Report on vaccination in Madras 1877-1894 - 1877-1894
Year: 1877
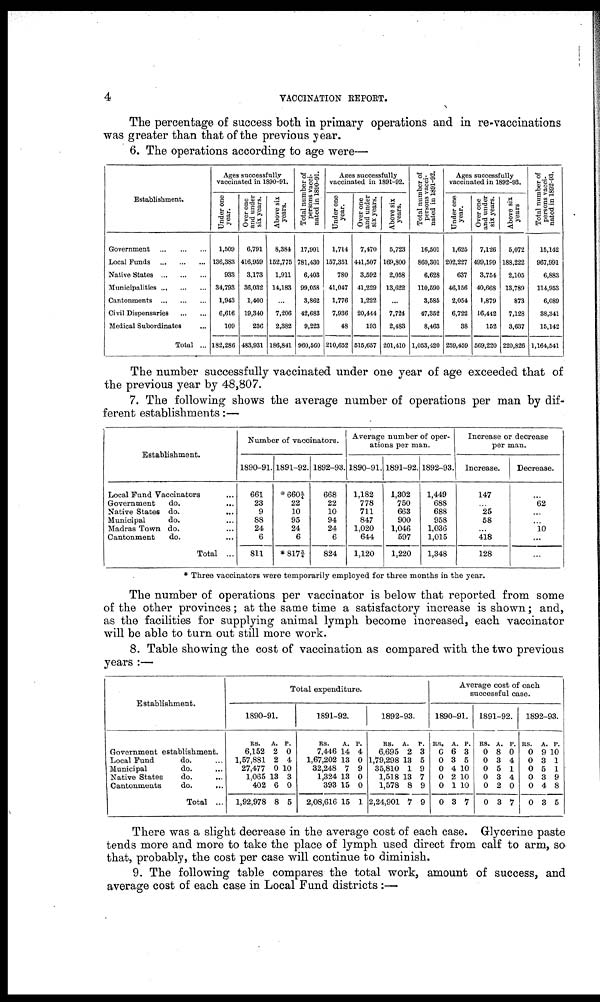
4
VACCINATION REPORT.
The percentage of success both in primary operations and in re-vaccinations
was greater than that of the previous year.
6. The operations according to age were—
Establishment.
Government
...
...
...
Local Funds
...
...
...
Native States
...
...
...
Municipalities ... ... ...
Cantonments
...
...
...
Civil Dispensaries
...
...
Medical Subordinates ...
Total ...
Ages successfully
vaccinated in 1890-91.
Under one
year.
1,509
136,383
933
34,793
1,943
6,616
109
182,286
Over one
and under
six years.
6,791
416,959
3,173
36,032
1,400
19,340
236
483,931
Above six
years.
8,384
152,775
1,911
14,183
...
7,206
2,382
186,841
Total number of
persons vacci-
nated in 1890-91.
17,901
781,430
6,403
99,058
3,862
42,683
9,223
960,560
Ages successfully
vaccinated in 1891-92.
Under one
year.
1,714
157,351
780
41,047
1,776
7,936
48
210,652
Over one
and under
six years.
7,470
441,507
3,592
41,229
1,222
20,444
193
515,657
Above six
years.
5,723
169,800
2,058
13,622
...
7,724
2,483
201,410
Total number of
persons vacci-
nated in 1891-92.
16,501
860,301
6,628
110,590
3,585
47,352
8,463
1,053,420
Ages successfully
vaccinated in 1892-93.
Under one
year.
1,625
202,227
637
46,156
2,054
6,722
38
259,459
Over one
and under
six years.
7,126
499,199
3,754
40,668
1,879
16,412
152
569,220
Above six
years
5,072
188,222
2,105
13,789
873
7,128
3,637
220,826
Total number of
persons vacci-
nated in 1892-93.
15,142
967,991
6,883
114,953
6,089
38,341
15,142
1,164,541
The number successfully vaccinated under one year of age exceeded that of
the previous year by 48,807.
7. The following shows the average number of operations per man by dif-
ferent establishments:—
Establishment.
Local Fund Vaccinators ...
Government
do.
...
Native States do.
...
Municipal
do. ...
Madras Town do. ...
Cantonment
do. ...
Total ...
Number of vaccinators.
1890-91.
661
23
9
88
24
6
811
1891-92.
*660¾
22
10
95
24
6
*817¾
1892-93.
668
22
10
94
24
6
824
Average number of oper-
ations per man.
1890-91.
1,182
778
711
847
1,020
644
1,120
1891-92.
1,302
750
663
900
1,046
597
1,220
1892-93.
1,449
688
688
958
1,036
1,015
1,348
Increase or decrease
per man.
Increase.
147
...
25
58
...
418
128
Decrease.
...
62
...
...
10
...
...
* Three vaccinators were temporarily employed for three months in the year.
The number of operations per vaccinator is below that reported from some
of the other provinces; at the same time a satisfactory increase is shown; and,
as the facilities for supplying animal lymph become increased, each vaccinator
will be able to turn out still more work.
8. Table showing the cost of vaccination as compared with the two previous
years :—
Establishment.
Government establishment.
Local Fund
do. ...
Municipal
do. ...
Native States
do. ...
Cantonments
do.
...
Total ...
Total expenditure.
1890-91.
RS.
6,152
1,57,881
27,477
1,065
402
1,92,978
A.
2
2
0
13
6
8
P.
0
4
10
3
0
5
1891-92.
RS.
7,446
1,67,202
32,248
1,324
393
2,08,616
A.
14
13
7
13
15
15
P.
4
0
9
0
0
1
1892-93.
RS.
6,695
1,79,298
35,810
1,518
1,578
2,24,901
A.
2
13
1
13
8
7
P.
3
5
9
7
9
9
Average cost of each
successful case.
1890-91.
RS.
6
0
0
0
0
0
A.
6
3
4
2
1
3
P.
3
5
10
10
10
7
1891-92.
RS.
0
0
0
0
0
0
A.
8
3
5
3
2
3
P.
0
4
1
4
0
7
1892-93.
RS.
0
0
0
0
0
0
A.
9
3
5
3
4
3
P.
10
1
1
9
8
5
There was a slight decrease in the average cost of each case. Glycerine paste
tends more and more to take the place of lymph used direct from calf to arm, so
that, probably, the cost per case will continue to diminish.
9. The following table compares the total work, amount of success, and
average cost of each case in Local Fund districts:—